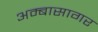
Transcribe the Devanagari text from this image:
अम्बासागर